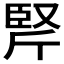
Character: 𰯱